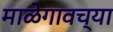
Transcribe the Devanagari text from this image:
माळेगावच्या